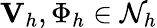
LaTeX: \mathbf{V}_{h},\Phi_{h}\in\mathcal{N}_{h}